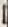
Text: 1